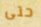
حتى